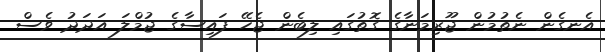
އެނގެން ނެތުމުން ޖޫރިމަނާގެ ގޮތުގައި ލިބެން ޖެހޭ ފައިސާގެ ޖުމްލަ އަދަދު ވެސް